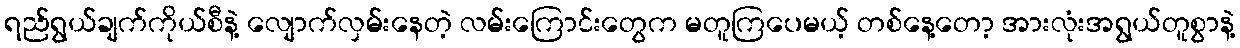
ရည်ရွယ်ချက်ကိုယ်စီနဲ့ လျောက်လှမ်းနေတဲ့ လမ်းကြောင်းတွေက မတူကြပေမယ့် တစ်နေ့တော့ အားလုံးအရွယ်တူစွာနဲ့